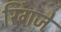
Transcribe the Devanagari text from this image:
रिंगजे